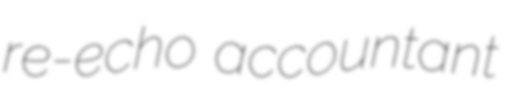
re-echo accountant